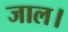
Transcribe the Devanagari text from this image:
जाल।